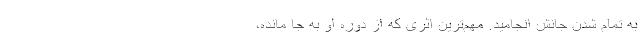
به تمام شدن جانش انجامید. مهم‌ترین اثری که از دوره او به جا مانده،